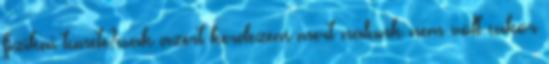
fizikai tunete?csak azert kerdezem mert nalunk nem volt cukor